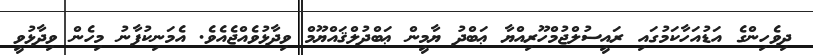
ދިވެހިންގެ އަޑުއަހާކަމުގައި ރައީސުލްޖުމްހޫރިއްޔާ ޢަބްދު ޔާމީން ޢަބްދުލްޤައްޔޫމް ވިދާޅުވެއްޖެއެވެ. އެމަނިކުފާނު މިހެން ވިދާޅުވީ